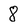
Character: 8